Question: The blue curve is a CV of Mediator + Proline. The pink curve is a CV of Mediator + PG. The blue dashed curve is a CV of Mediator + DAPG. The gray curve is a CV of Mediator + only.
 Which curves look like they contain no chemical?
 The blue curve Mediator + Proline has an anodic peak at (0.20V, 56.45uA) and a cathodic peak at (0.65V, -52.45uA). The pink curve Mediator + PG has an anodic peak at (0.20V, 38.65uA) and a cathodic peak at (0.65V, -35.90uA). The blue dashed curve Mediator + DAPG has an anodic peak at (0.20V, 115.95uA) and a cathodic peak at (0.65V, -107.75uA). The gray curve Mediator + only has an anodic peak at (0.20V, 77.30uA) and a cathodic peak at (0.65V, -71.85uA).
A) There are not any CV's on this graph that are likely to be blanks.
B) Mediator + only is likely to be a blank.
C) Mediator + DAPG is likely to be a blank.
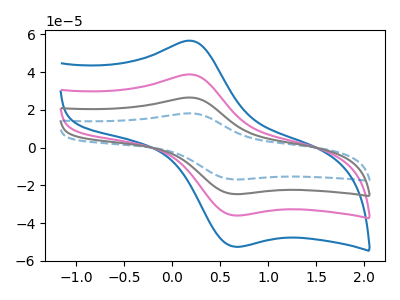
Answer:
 <answer>A) There are not any CV's on this graph that are likely to be blanks.</answer>
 <eval>A</eval>